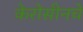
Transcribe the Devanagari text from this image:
केरोसीनचे